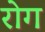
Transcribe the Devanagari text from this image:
रोग